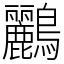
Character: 鸝